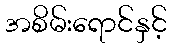
အစိမ်းရောင်နှင့်